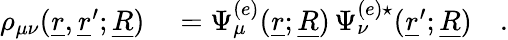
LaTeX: \begin{array}{rl}{\rho_{\mu\nu}(\underline{{r}},\underline{{r}}^{\prime};\underline{{R}})}&{{}=\Psi_{\mu}^{(e)}(\underline{{r}};\underline{{R}})\, \Psi_{\nu}^{(e)\star}(\underline{{r}}^{\prime};\underline{{R}})\quad.}\end{array}